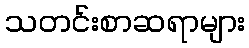
သတင်းစာဆရာများ